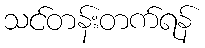
သင်တန်းတက်ရန်